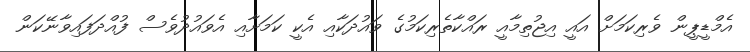
އެމްޑީޕީން ވެރިކަމަށް އައީ އިޖުތިމާއީ ރައްކާތެރިކަމުގެ ވައުދަކާއި އެކީ ކަމަށާއި އެވައުދުވެސް ފުއްދަފައިވާނޭކަން